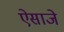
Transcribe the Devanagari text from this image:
ऐसाजे